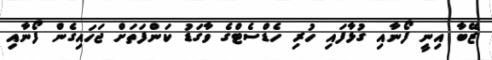
ޒޭބާ އިނީ ފޯނާއި ގުޅާފައި ހުރި ހެޑްސެޓްގެ ވާގަޑު ކަންފަތަށް ޖަހައިގެން ފޯނާއި